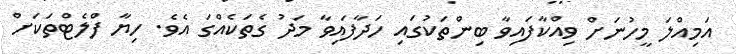
އަމިއްލަ މީހުނަށް ވިއްކާފައިވާ ބިންތަކުގައި ހަދާފައިވާ މަދު ގެތަކެއްގަ އެވެ. ހިޔާ ފްލެޓްތަކަށް